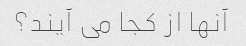
آنها از کجا می آیند؟